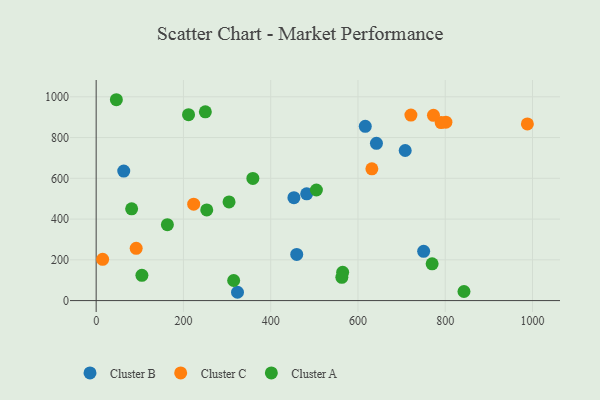
{"axis": {"x": "Price", "y": "Demand"}, "legend": ["Cluster A", "Cluster B", "Cluster C"], "data": [{"x": "708.2", "y": 736.6, "type": "Cluster B"}, {"x": "482.4", "y": 524.1, "type": "Cluster B"}, {"x": "453.2", "y": 505.1, "type": "Cluster B"}, {"x": "323.9", "y": 40.8, "type": "Cluster B"}, {"x": "642.3", "y": 771.7, "type": "Cluster B"}, {"x": "616.7", "y": 855.2, "type": "Cluster B"}, {"x": "750.5", "y": 241.7, "type": "Cluster B"}, {"x": "459.6", "y": 226.4, "type": "Cluster B"}, {"x": "63.2", "y": 635.8, "type": "Cluster B"}, {"x": "801.5", "y": 875.7, "type": "Cluster C"}, {"x": "790.6", "y": 873.5, "type": "Cluster C"}, {"x": "721.3", "y": 910.2, "type": "Cluster C"}, {"x": "988.2", "y": 866.7, "type": "Cluster C"}, {"x": "223.5", "y": 473.3, "type": "Cluster C"}, {"x": "14.8", "y": 202.4, "type": "Cluster C"}, {"x": "631.8", "y": 646.5, "type": "Cluster C"}, {"x": "773.0", "y": 909.1, "type": "Cluster C"}, {"x": "91.7", "y": 256.7, "type": "Cluster C"}, {"x": "304.5", "y": 484.2, "type": "Cluster A"}, {"x": "163.2", "y": 372.5, "type": "Cluster A"}, {"x": "46.3", "y": 985.7, "type": "Cluster A"}, {"x": "504.7", "y": 542.7, "type": "Cluster A"}, {"x": "564.9", "y": 138.8, "type": "Cluster A"}, {"x": "211.7", "y": 912.2, "type": "Cluster A"}, {"x": "81.3", "y": 450.3, "type": "Cluster A"}, {"x": "359.1", "y": 599.5, "type": "Cluster A"}, {"x": "104.8", "y": 124.2, "type": "Cluster A"}, {"x": "250.2", "y": 926.1, "type": "Cluster A"}, {"x": "563.0", "y": 114.3, "type": "Cluster A"}, {"x": "769.9", "y": 180.4, "type": "Cluster A"}, {"x": "253.4", "y": 445.0, "type": "Cluster A"}, {"x": "315.1", "y": 98.6, "type": "Cluster A"}, {"x": "842.9", "y": 44.7, "type": "Cluster A"}]}